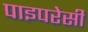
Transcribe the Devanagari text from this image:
पाइपरेसी